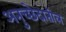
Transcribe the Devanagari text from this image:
अनुच्छेदातील